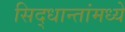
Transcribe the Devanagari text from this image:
सिद्धान्तांमध्ये